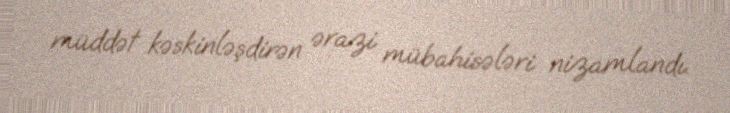
müddət kəskinləşdirən ərazi mübahisələri nizamlandı.